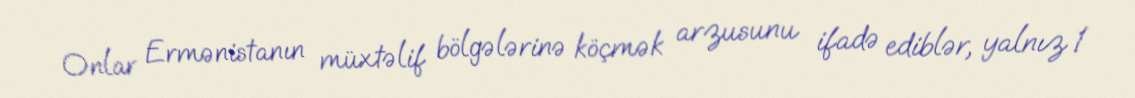
Onlar Ermənistanın müxtəlif bölgələrinə köçmək arzusunu ifadə ediblər, yalnız 1